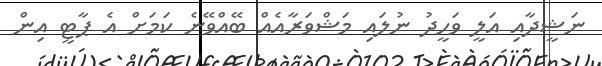
ނަޝީދާއި އަލީ ވަހީދު ނުލައި މަޝްވަރާއެއް ބޭއްވޭނެ ކަމަށް އެ ޕާޓީ އިން